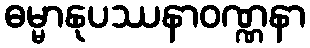
ဓမ္မာနုပဿနာဝဏ္ဏနာ